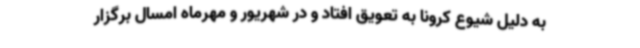
به دلیل شیوع کرونا به تعویق افتاد و در شهریور و مهرماه امسال برگزار